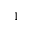
^ { 1 }